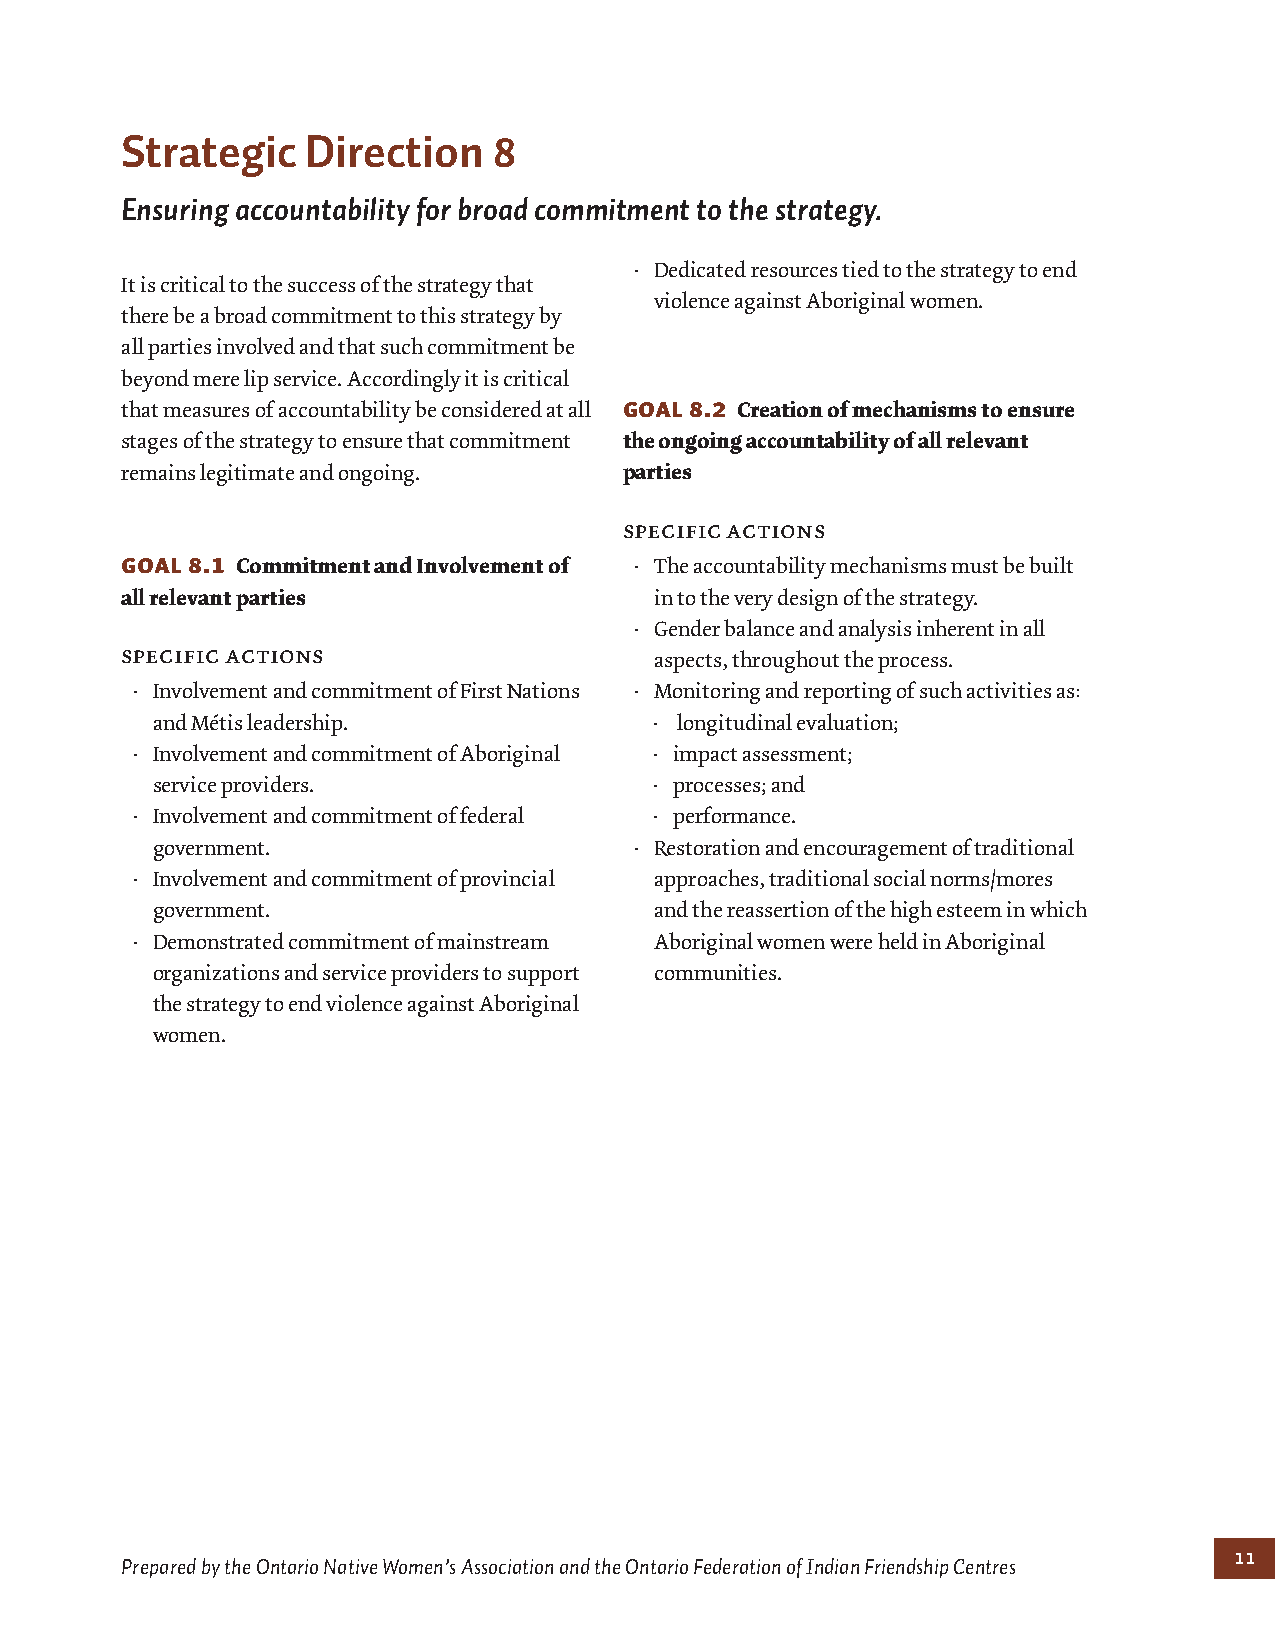
Strategic   Direction    8
 Ensuring accountability for broad commitment to the strategy.
 · Dedicated resources tied to the strategy to end
 It is critical to the success of the strategy that
 violence against Aboriginal women.
 there be a broad commitment to this strategy by
 all parties involved and that such commitment be
 beyond mere lip service. Accordingly it is critical
 that measures of accountability be considered at all Goal 8.2 Creation of mechanisms to ensure
 stages of the strategy to ensure that commitment the ongoing accountability of all relevant
 remains legitimate and ongoing.  parties
 specific actions
 Goal 8.1 Commitment and Involvement of · The accountability mechanisms must be built
 all relevant parties               in to the very design of the strategy.
 · Gender balance and analysis inherent in all
 specific actions
 aspects, throughout the process.
 · Involvement and commitment of First Nations · Monitoring and reporting of such activities as:
 and Métis leadership.            · longitudinal evaluation;
 · Involvement and commitment of Aboriginal · impact assessment;
 service providers.               · processes; and
 · Involvement and commitment of federal · performance.
 government.                     · Restoration and encouragement of traditional
 · Involvement and commitment of provincial approaches, traditional social norms/mores
 government.                      and the reassertion of the high esteem in which
 · Demonstrated commitment of mainstream Aboriginal women were held in Aboriginal
 organizations and service providers to support communities.
 the strategy to end violence against Aboriginal
 women.
 11
 Prepared by the Ontario Native Women’s Association and the Ontario Federation of Indian Friendship Centres